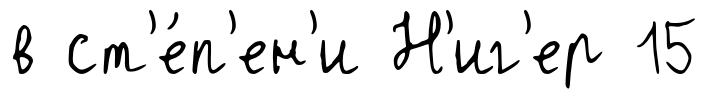
в ст'е́п'ен'и Н'иг'ер 15